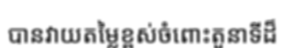
បានវាយតម្លៃខ្ពស់ចំពោះតួនាទីដ៏